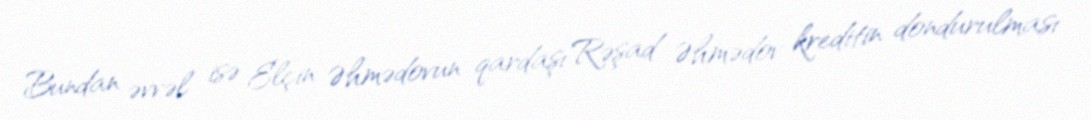
Bundan əvvəl isə Elçin Əhmədovun qardaşı Rəşad Əhmədov kreditin dondurulması